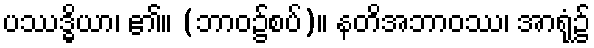
ပဿဒ္ဓိယာ၊ ၏။ (ဘာဝ၌စပ်)။ နတိအဘာဝဿ၊ အာရုံ၌